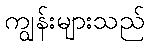
ကျွန်းများသည်